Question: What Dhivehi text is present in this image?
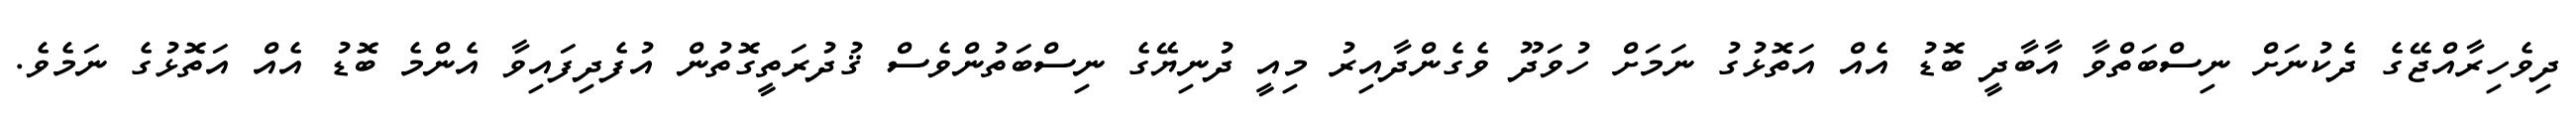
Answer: ދިވެހިރާއްޖޭގެ ދެކުނަށް ނިސްބަތްވާ އާބާދީ ބޮޑު އެއް އަތޮޅުގު ނަމަށް ހުވަދޫ ވެގެންދާއިރު މިއީ ދުނިޔޭގެ ނިސްބަތުންވެސް ޤުދުރަތީގޮތުން އުފެދިފައިވާ އެންމެ ބޮޑު އެއް އަތޮޅުގެ ނަމެވެ.